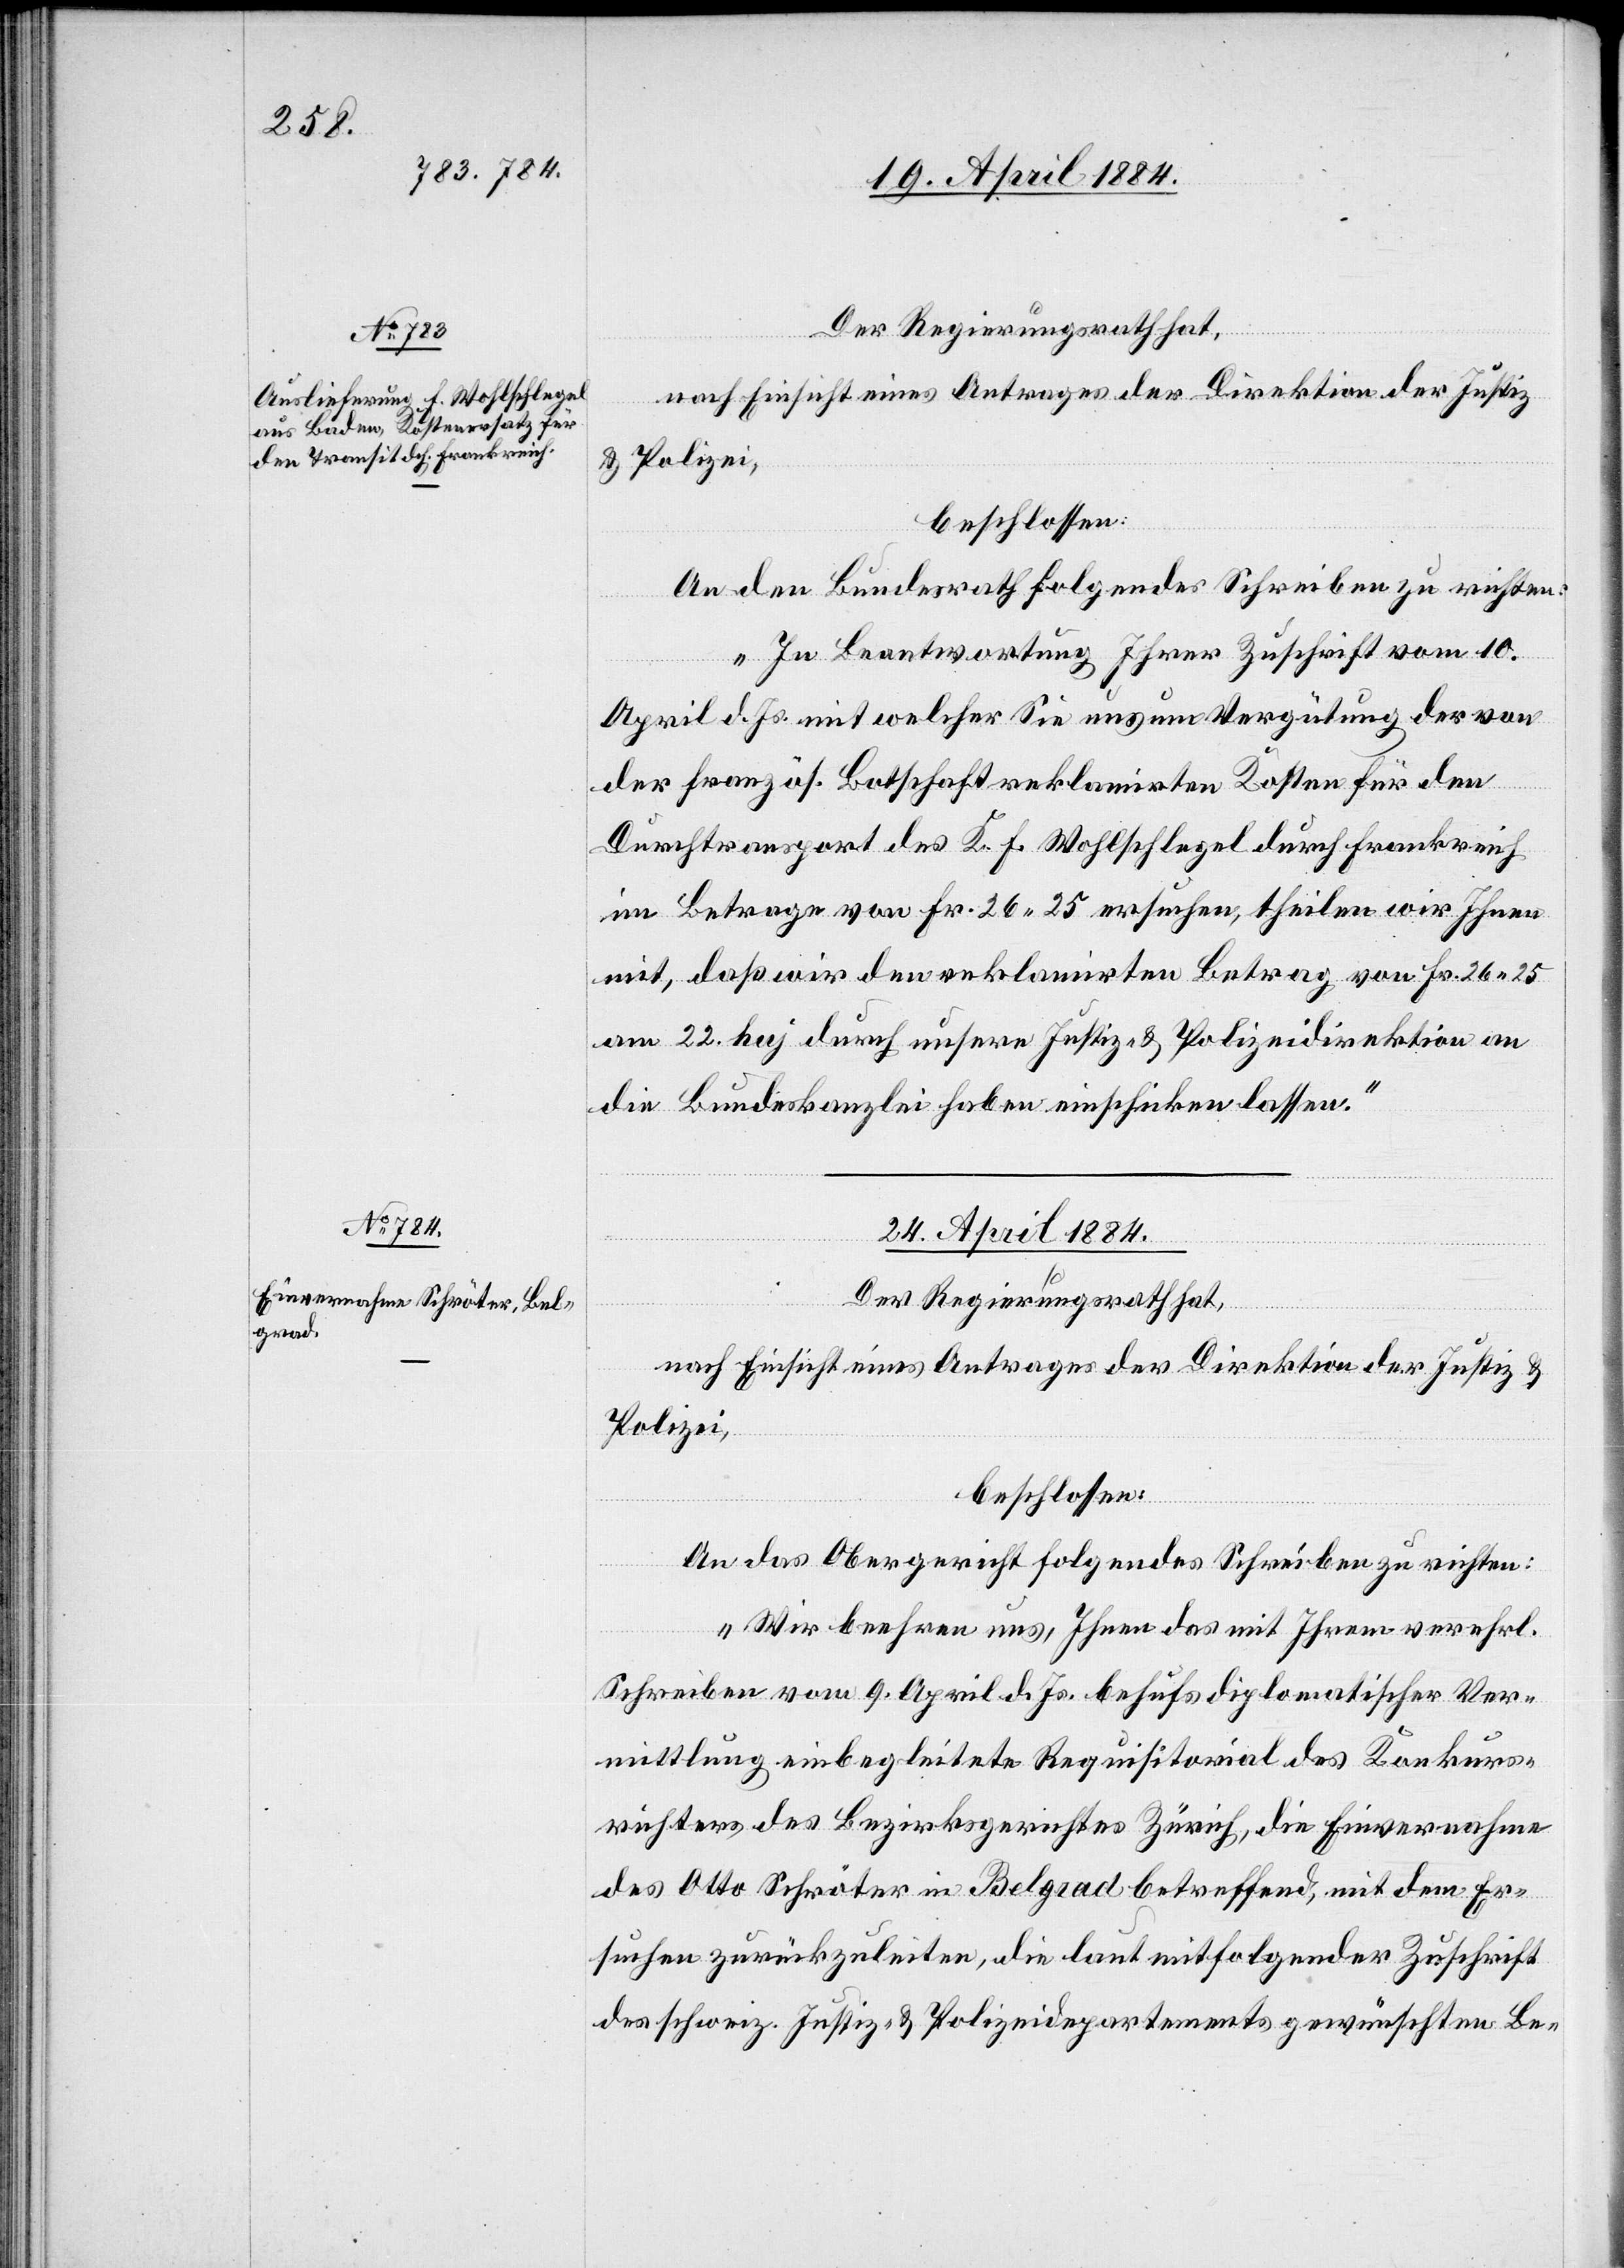
An den Bundesrath folgendes Schreiben zu richten:
„In Beantwortung Ihrer Zuschrift vom 10.
April d. Js. mit welcher Sie uns um Vergütung der von
der französ. Botschaft reklamirten Kosten für den
Durchtransport des K. F. Wohlschlegel durch Frankreich
im Betrage von Fr. 26 25 ersuchen, theilen wir Ihnen
mit, daß wir den reklamirten Betrag von Fr. 26 25
am 22. huj durch unsere Justiz- & Polizeidirektion an
die Bundeskanzlei haben einschicken lassen.“
24. April 1884.
Der Regierungsrath hat,
nach Einsicht eines Antrages der Direktion der Justiz &
Polizei,
beschlossen:
An das Obergericht folgendes Schreiben zu richten:
„Wir beehren uns, Ihnen das mit Ihrem verehrl.
Schreiben vom 9. April d. Js. behufs diplomatischer Ver¬
mittlung einbegleitete Requisitorial des Konkurs¬
richters des Bezirksgerichtes Zürich, die Einvernahme
des Otto Schröter in Belgrad betreffend, mit dem Er¬
suchen zurückzuleiten, die laut mitfolgender Zuschrift
des schweiz. Justiz- & Polizeidepartements gewünschten Be-